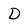
Character: D